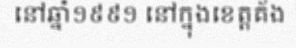
នៅឆ្នាំ១៩៩១ នៅក្នុងខេត្តគ័ង